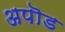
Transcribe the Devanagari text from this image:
अपॊड